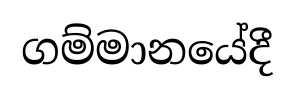
ගම්මානයේදී